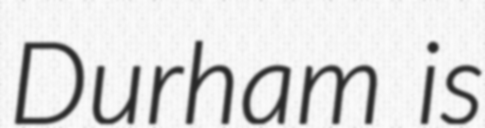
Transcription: Durham is